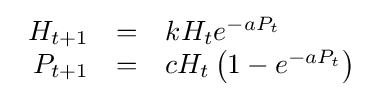
{\begin{array}{rcl}H_{t+1}&=&kH_{t}e^{-aP_{t}}\\P_{t+1}&=&cH_{t}\left(1-e^{-aP_{t}}\right)\end{array}}